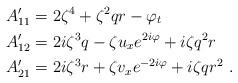
LaTeX: \begin{align*}A'_{11}&=2\zeta^4 + \zeta^2 qr - \varphi_t\\A'_{12}&=2i\zeta^3q -\zeta u_x e^{2i\varphi}+ i\zeta q^2 r\\A'_{21}&=2i\zeta^3r +\zeta v_x e^{-2i\varphi} + i\zeta qr^2 \ .\end{align*}